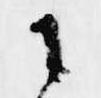
に